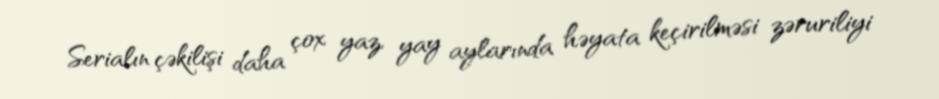
Serialın çəkilişi daha çox yaz, yay aylarında həyata keçirilməsi zəruriliyi